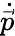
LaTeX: \dot{\vec{p}}